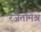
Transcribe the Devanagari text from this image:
रजतमिश्र